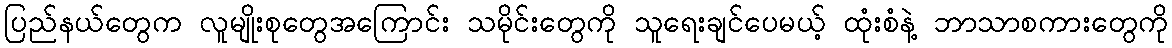
ပြည်နယ်တွေက လူမျိုးစုတွေအကြောင်း သမိုင်းတွေကို သူရေးချင်ပေမယ့် ထုံးစံနဲ့ ဘာသာစကားတွေကို